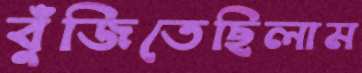
বুঁজিতেছিলাম